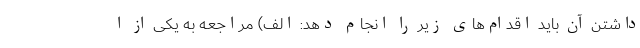
داشتن آن باید اقدام‌های زیر را انجام دهد: الف) مراجعه به یکی از ا